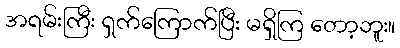
အရမ်းကြီး ရှက်ကြောက်ပြီး မရှိကြ တော့ဘူး။